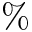
\%